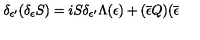
\delta _ { \epsilon ^ { \prime } } ( \delta _ { \epsilon } S ) = i S \delta _ { \epsilon ^ { \prime } } \Lambda ( \epsilon ) + ( \overline { { \epsilon } } Q ) ( \overline { { \epsilon } }